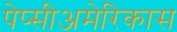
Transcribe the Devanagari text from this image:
पेप्सीअमेरिकास